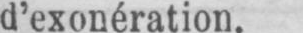
d’exonération.